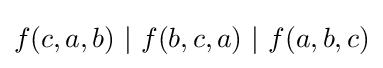
f(c,a,b)\ |\ f(b,c,a)\ |\ f(a,b,c)